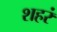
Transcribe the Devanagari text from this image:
शहरं